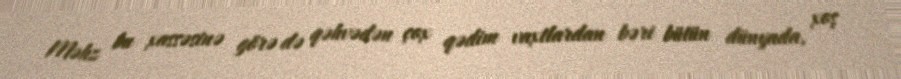
Məhz bu xassəsinə görə də qəhvədən çox qədim vaxtlardan bəri bütün dünyada, xoş